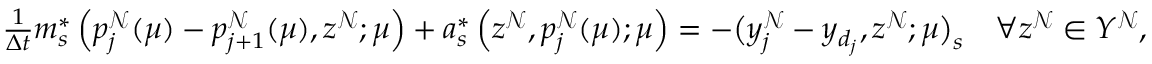
\begin{array} { r } { \frac { 1 } { \Delta t } m _ { s } ^ { * } \left( p _ { j } ^ { \mathcal { N } } ( \boldsymbol { \mu } ) - p _ { j + 1 } ^ { \mathcal { N } } ( \boldsymbol { \mu } ) , z ^ { \mathcal { N } } ; \boldsymbol { \mu } \right) + a _ { s } ^ { * } \left( z ^ { \mathcal { N } } , p _ { j } ^ { \mathcal { N } } ( \boldsymbol { \mu } ) ; \boldsymbol { \mu } \right) = - \big ( y _ { j } ^ { \mathcal { N } } - y _ { d _ { j } } , z ^ { \mathcal { N } } ; \boldsymbol { \mu } \big ) _ { s } \quad \forall z ^ { \mathcal { N } } \in Y ^ { \mathcal { N } } , } \end{array}